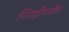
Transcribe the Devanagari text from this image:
निगडीमधील